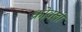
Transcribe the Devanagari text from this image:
क्रोवली